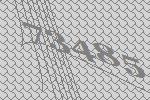
73485